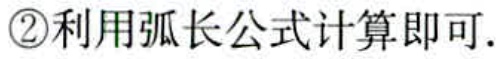
\textcircled{2}利用弧长公式计算即可.